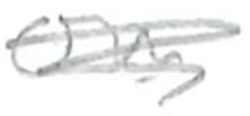
Text: in
Cross-out: mix
Writing tool: pencil